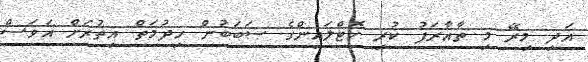
އަދި މިރޭ މި ތާއާރަފު ކުރި ހޮޓްލައިންގެ ސަބަބުން ހިދުމަތް އިތުރަށް އަވަސް